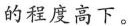
的程度高下。